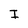
Character: I